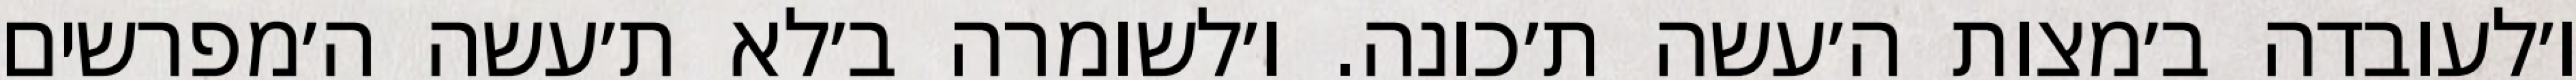
ו׳לעובדה ב׳מצות ה׳עשה ת׳כונה. ו׳לשומרה ב׳לא ת׳עשה ה׳מפרשים